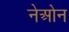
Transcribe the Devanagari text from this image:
नेओन